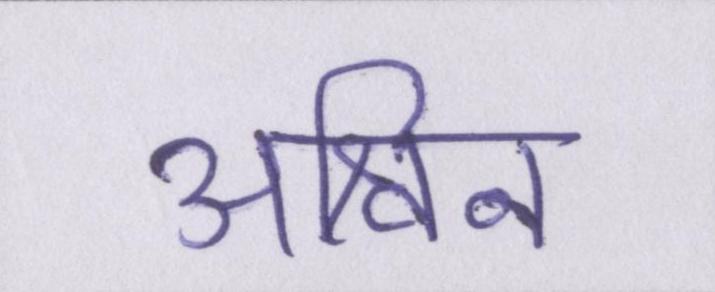
अश्विन